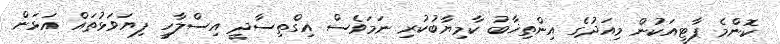
ކޮންމެ ޕާޓީއަކުން މިއަދުގެ އިންތިޚާބު ކާމިޔާބުކުރި ނަމަވެސް އިގްތިސާދީ އިސްލާހީ ފިޔަވަޅުތައް އަޅަން